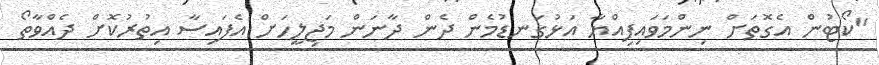
"ކޯޓުން އެގޮތަށް ނިންމަވައިފިއްޔާ އަޅުގަނޑުމެން ދެން ދާނަން މަޖިލީހަށް އެފައިސާ އިތުރުކޮށް ދެއްވާތޯ